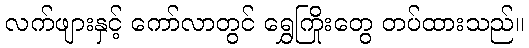
လက်ဖျားနှင့် ကော်လာတွင် ရွှေကြိုးတွေ တပ်ထားသည်။